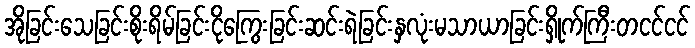
အိုခြင်းသေခြင်းစိုးရိမ်ခြင်းငိုကြွေးခြင်းဆင်းရဲခြင်းနှလုံးမသာယာခြင်းရှိုက်ကြီးတငင်ငင်